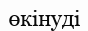
өкінуді